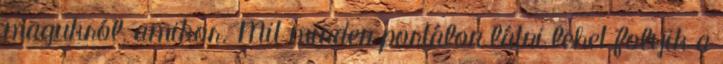
magukról, amikor. Mit minden portálon látni lehet folyik a